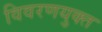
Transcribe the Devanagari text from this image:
विवरणयुक्त